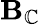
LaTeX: \mathbf{B}_{\mathbb{C}}